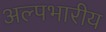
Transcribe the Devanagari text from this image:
अल्पभारीय